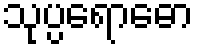
သုပ္ပရောဓော